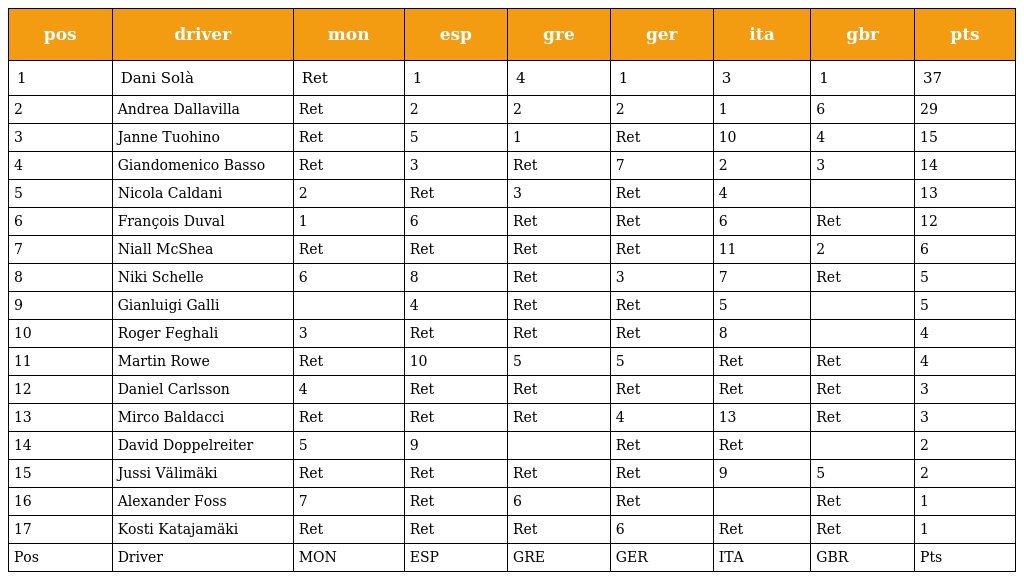
| pos | driver | mon | esp | gre | ger | ita | gbr | pts |
 | --- | --- | --- | --- | --- | --- | --- | --- | --- |
 | 1 | Dani Solà | Ret | 1 | 4 | 1 | 3 | 1 | 37 |
 | 2 | Andrea Dallavilla | Ret | 2 | 2 | 2 | 1 | 6 | 29 |
 | 3 | Janne Tuohino | Ret | 5 | 1 | Ret | 10 | 4 | 15 |
 | 4 | Giandomenico Basso | Ret | 3 | Ret | 7 | 2 | 3 | 14 |
 | 5 | Nicola Caldani | 2 | Ret | 3 | Ret | 4 |  | 13 |
 | 6 | François Duval | 1 | 6 | Ret | Ret | 6 | Ret | 12 |
 | 7 | Niall McShea | Ret | Ret | Ret | Ret | 11 | 2 | 6 |
 | 8 | Niki Schelle | 6 | 8 | Ret | 3 | 7 | Ret | 5 |
 | 9 | Gianluigi Galli |  | 4 | Ret | Ret | 5 |  | 5 |
 | 10 | Roger Feghali | 3 | Ret | Ret | Ret | 8 |  | 4 |
 | 11 | Martin Rowe | Ret | 10 | 5 | 5 | Ret | Ret | 4 |
 | 12 | Daniel Carlsson | 4 | Ret | Ret | Ret | Ret | Ret | 3 |
 | 13 | Mirco Baldacci | Ret | Ret | Ret | 4 | 13 | Ret | 3 |
 | 14 | David Doppelreiter | 5 | 9 |  | Ret | Ret |  | 2 |
 | 15 | Jussi Välimäki | Ret | Ret | Ret | Ret | 9 | 5 | 2 |
 | 16 | Alexander Foss | 7 | Ret | 6 | Ret |  | Ret | 1 |
 | 17 | Kosti Katajamäki | Ret | Ret | Ret | 6 | Ret | Ret | 1 |
 | Pos | Driver | MON | ESP | GRE | GER | ITA | GBR | Pts |